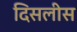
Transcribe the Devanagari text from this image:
दिसलीस